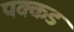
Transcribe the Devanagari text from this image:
पक्कड